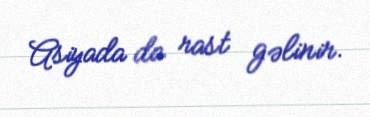
Asiyada da rast gəlinir.